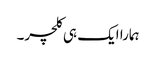
ہمارا ایک ہی کلچر۔